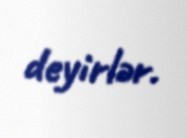
deyirlər.